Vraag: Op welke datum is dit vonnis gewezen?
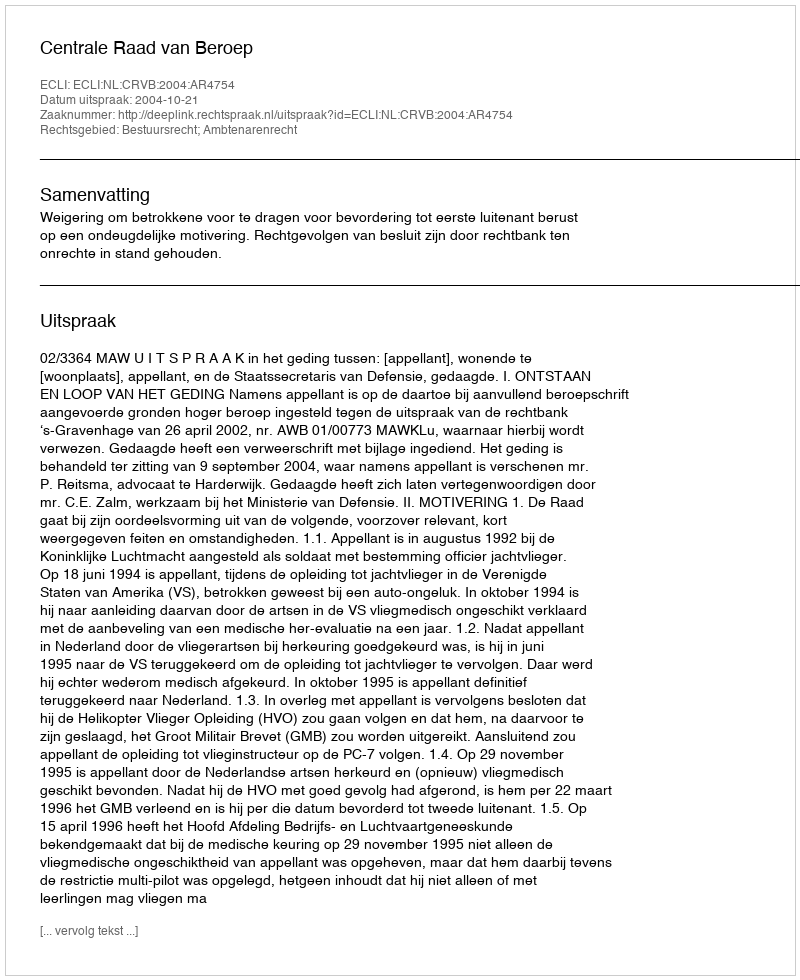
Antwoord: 2004-10-21